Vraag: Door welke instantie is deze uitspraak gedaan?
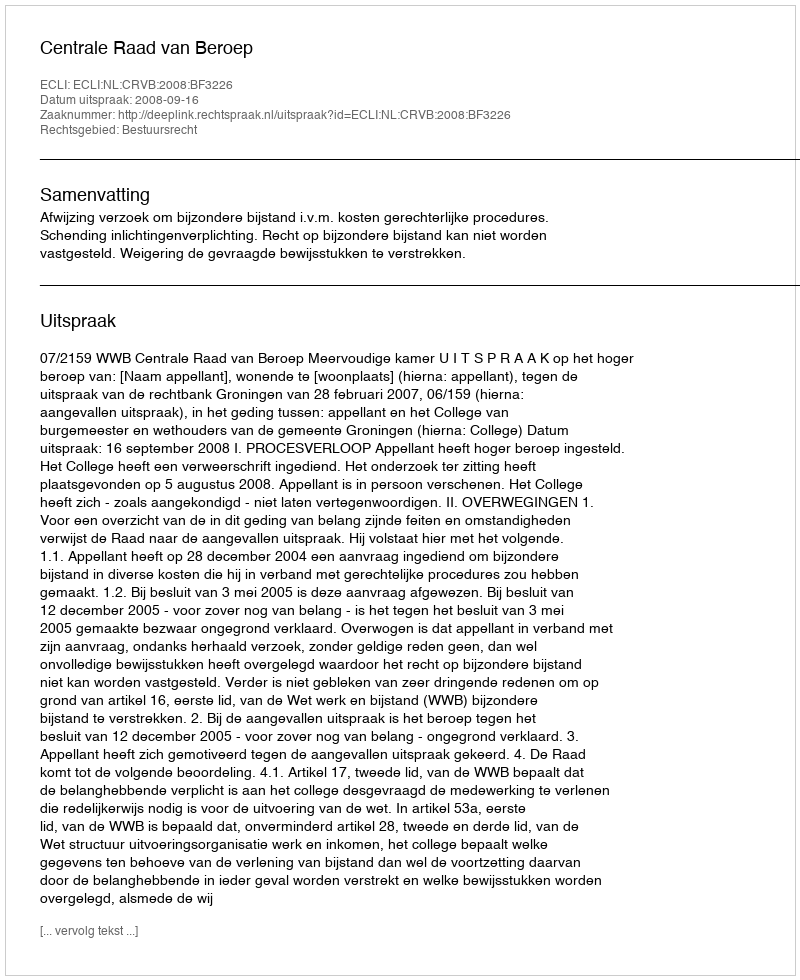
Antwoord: Centrale Raad van Beroep